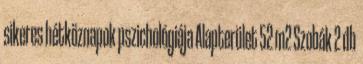
sikeres hétköznapok pszichológiája Alapterület 52 m2 Szobák 2 db